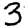
Digit: 3